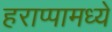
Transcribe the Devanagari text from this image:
हराप्पामध्ये